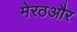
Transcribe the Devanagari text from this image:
मेरठऔर